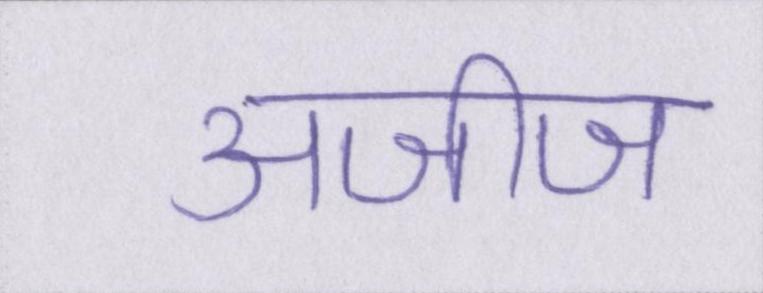
अजीज